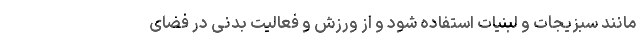
مانند سبزیجات و لبنیات استفاده شود و از ورزش و فعالیت بدنی در فضای